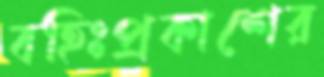
বহিঃপ্রকাশের